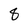
Character: 8